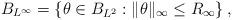
LaTeX: \begin{align*}B_{L^\infty}=\left\{\theta \in B_{L^2}: \|\theta\|_\infty \leq R_\infty \right\}, \end{align*}